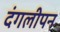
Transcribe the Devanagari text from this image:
दंगलीपन